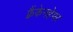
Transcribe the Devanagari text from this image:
फ़्रैंकेनहेमर